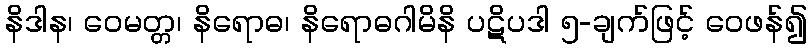
နိဒါန၊ ဝေမတ္တ၊ နိရောဓ၊ နိရောဓဂါမိနိ ပဋိပဒါ ၅-ချက်ဖြင့် ဝေဖန်၍